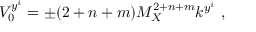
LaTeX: V _ { 0 } ^ { y ^ { i } } = \pm ( 2 + n + m ) M _ { X } ^ { 2 + n + m } k ^ { y ^ { i } } ~ , ~ \,